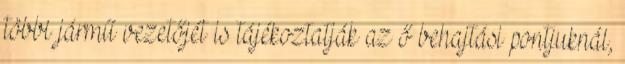
többi jármű vezetőjét is tájékoztatják az ő behajtási pontjuknál,